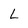
Character: L